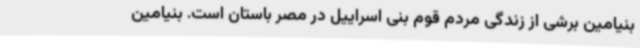
بنیامین برشی از زندگی مردم قوم بنی اسراییل در مصر باستان است. بنیامین